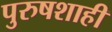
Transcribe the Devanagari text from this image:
पुरुषशाही